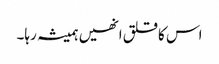
اس کا قلق انھیں ہمیشہ رہا۔